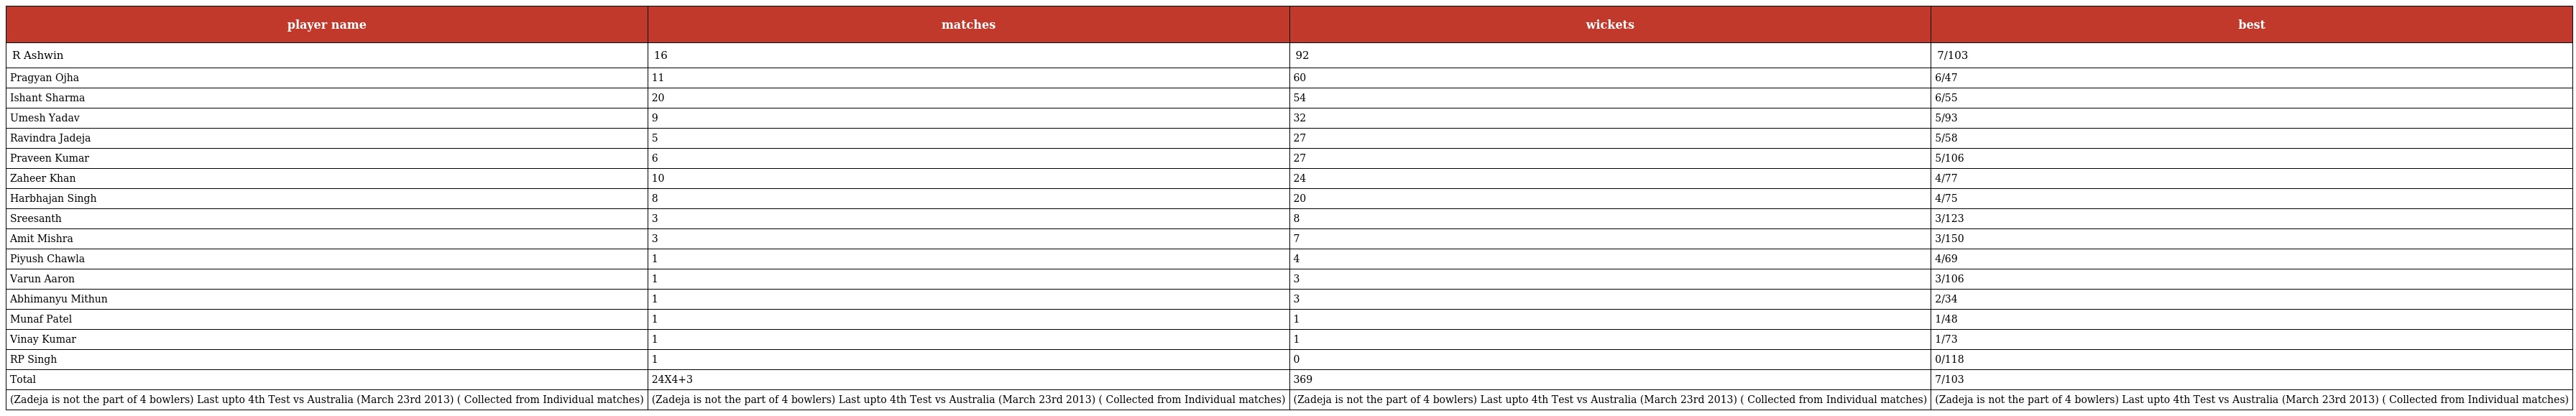
| player name | matches | wickets | best |
 | --- | --- | --- | --- |
 | R Ashwin | 16 | 92 | 7/103 |
 | Pragyan Ojha | 11 | 60 | 6/47 |
 | Ishant Sharma | 20 | 54 | 6/55 |
 | Umesh Yadav | 9 | 32 | 5/93 |
 | Ravindra Jadeja | 5 | 27 | 5/58 |
 | Praveen Kumar | 6 | 27 | 5/106 |
 | Zaheer Khan | 10 | 24 | 4/77 |
 | Harbhajan Singh | 8 | 20 | 4/75 |
 | Sreesanth | 3 | 8 | 3/123 |
 | Amit Mishra | 3 | 7 | 3/150 |
 | Piyush Chawla | 1 | 4 | 4/69 |
 | Varun Aaron | 1 | 3 | 3/106 |
 | Abhimanyu Mithun | 1 | 3 | 2/34 |
 | Munaf Patel | 1 | 1 | 1/48 |
 | Vinay Kumar | 1 | 1 | 1/73 |
 | RP Singh | 1 | 0 | 0/118 |
 | Total | 24X4+3 | 369 | 7/103 |
 | (Zadeja is not the part of 4 bowlers) Last upto 4th Test vs Australia (March 23rd 2013) ( Collected from Individual matches) | (Zadeja is not the part of 4 bowlers) Last upto 4th Test vs Australia (March 23rd 2013) ( Collected from Individual matches) | (Zadeja is not the part of 4 bowlers) Last upto 4th Test vs Australia (March 23rd 2013) ( Collected from Individual matches) | (Zadeja is not the part of 4 bowlers) Last upto 4th Test vs Australia (March 23rd 2013) ( Collected from Individual matches) |